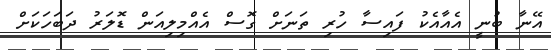
އޭނާ ބުނީ އެއާއެކު ފައިސާ ހުރި ތަނަށް ގޮސް އެއްމިލިއަން ޑޮލަރު ދަބަހަކަށް